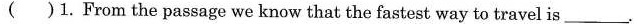
( )1.From the passage we know that the fastest way to travelis